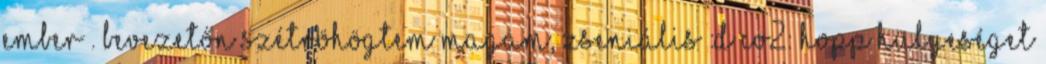
ember . Bevezetőn szétröhögtem magam, zseniális :D Co2: hopp hülyeséget